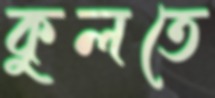
কুলতে